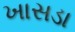
ખાસડા